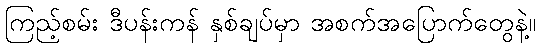
ကြည့်စမ်း ဒီပန်းကန် နှစ်ချပ်မှာ အစက်အပြောက်တွေနဲ့။